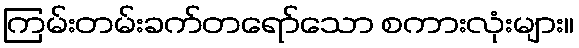
ကြမ်းတမ်းခက်တရော်သော စကားလုံးများ။